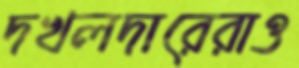
দখলদারেরাও